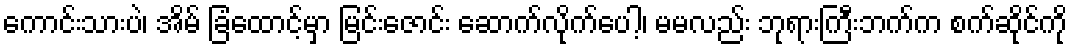
ကောင်းသားပဲ၊ အိမ် ခြံထောင့်မှာ မြင်းဇောင်း ဆောက်လိုက်ပေါ့၊ မမလည်း ဘုရားကြီးဘက်က စက်ဆိုင်ကို